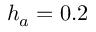
h _ { a } = 0 . 2